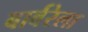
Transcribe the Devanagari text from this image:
बार्बरेला